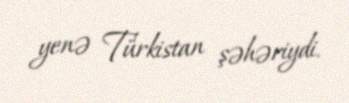
yenə Türkistan şəhəriydi.